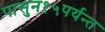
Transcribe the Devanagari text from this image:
पासुन१५पर्यन्त